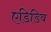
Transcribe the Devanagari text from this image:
एडिडिव